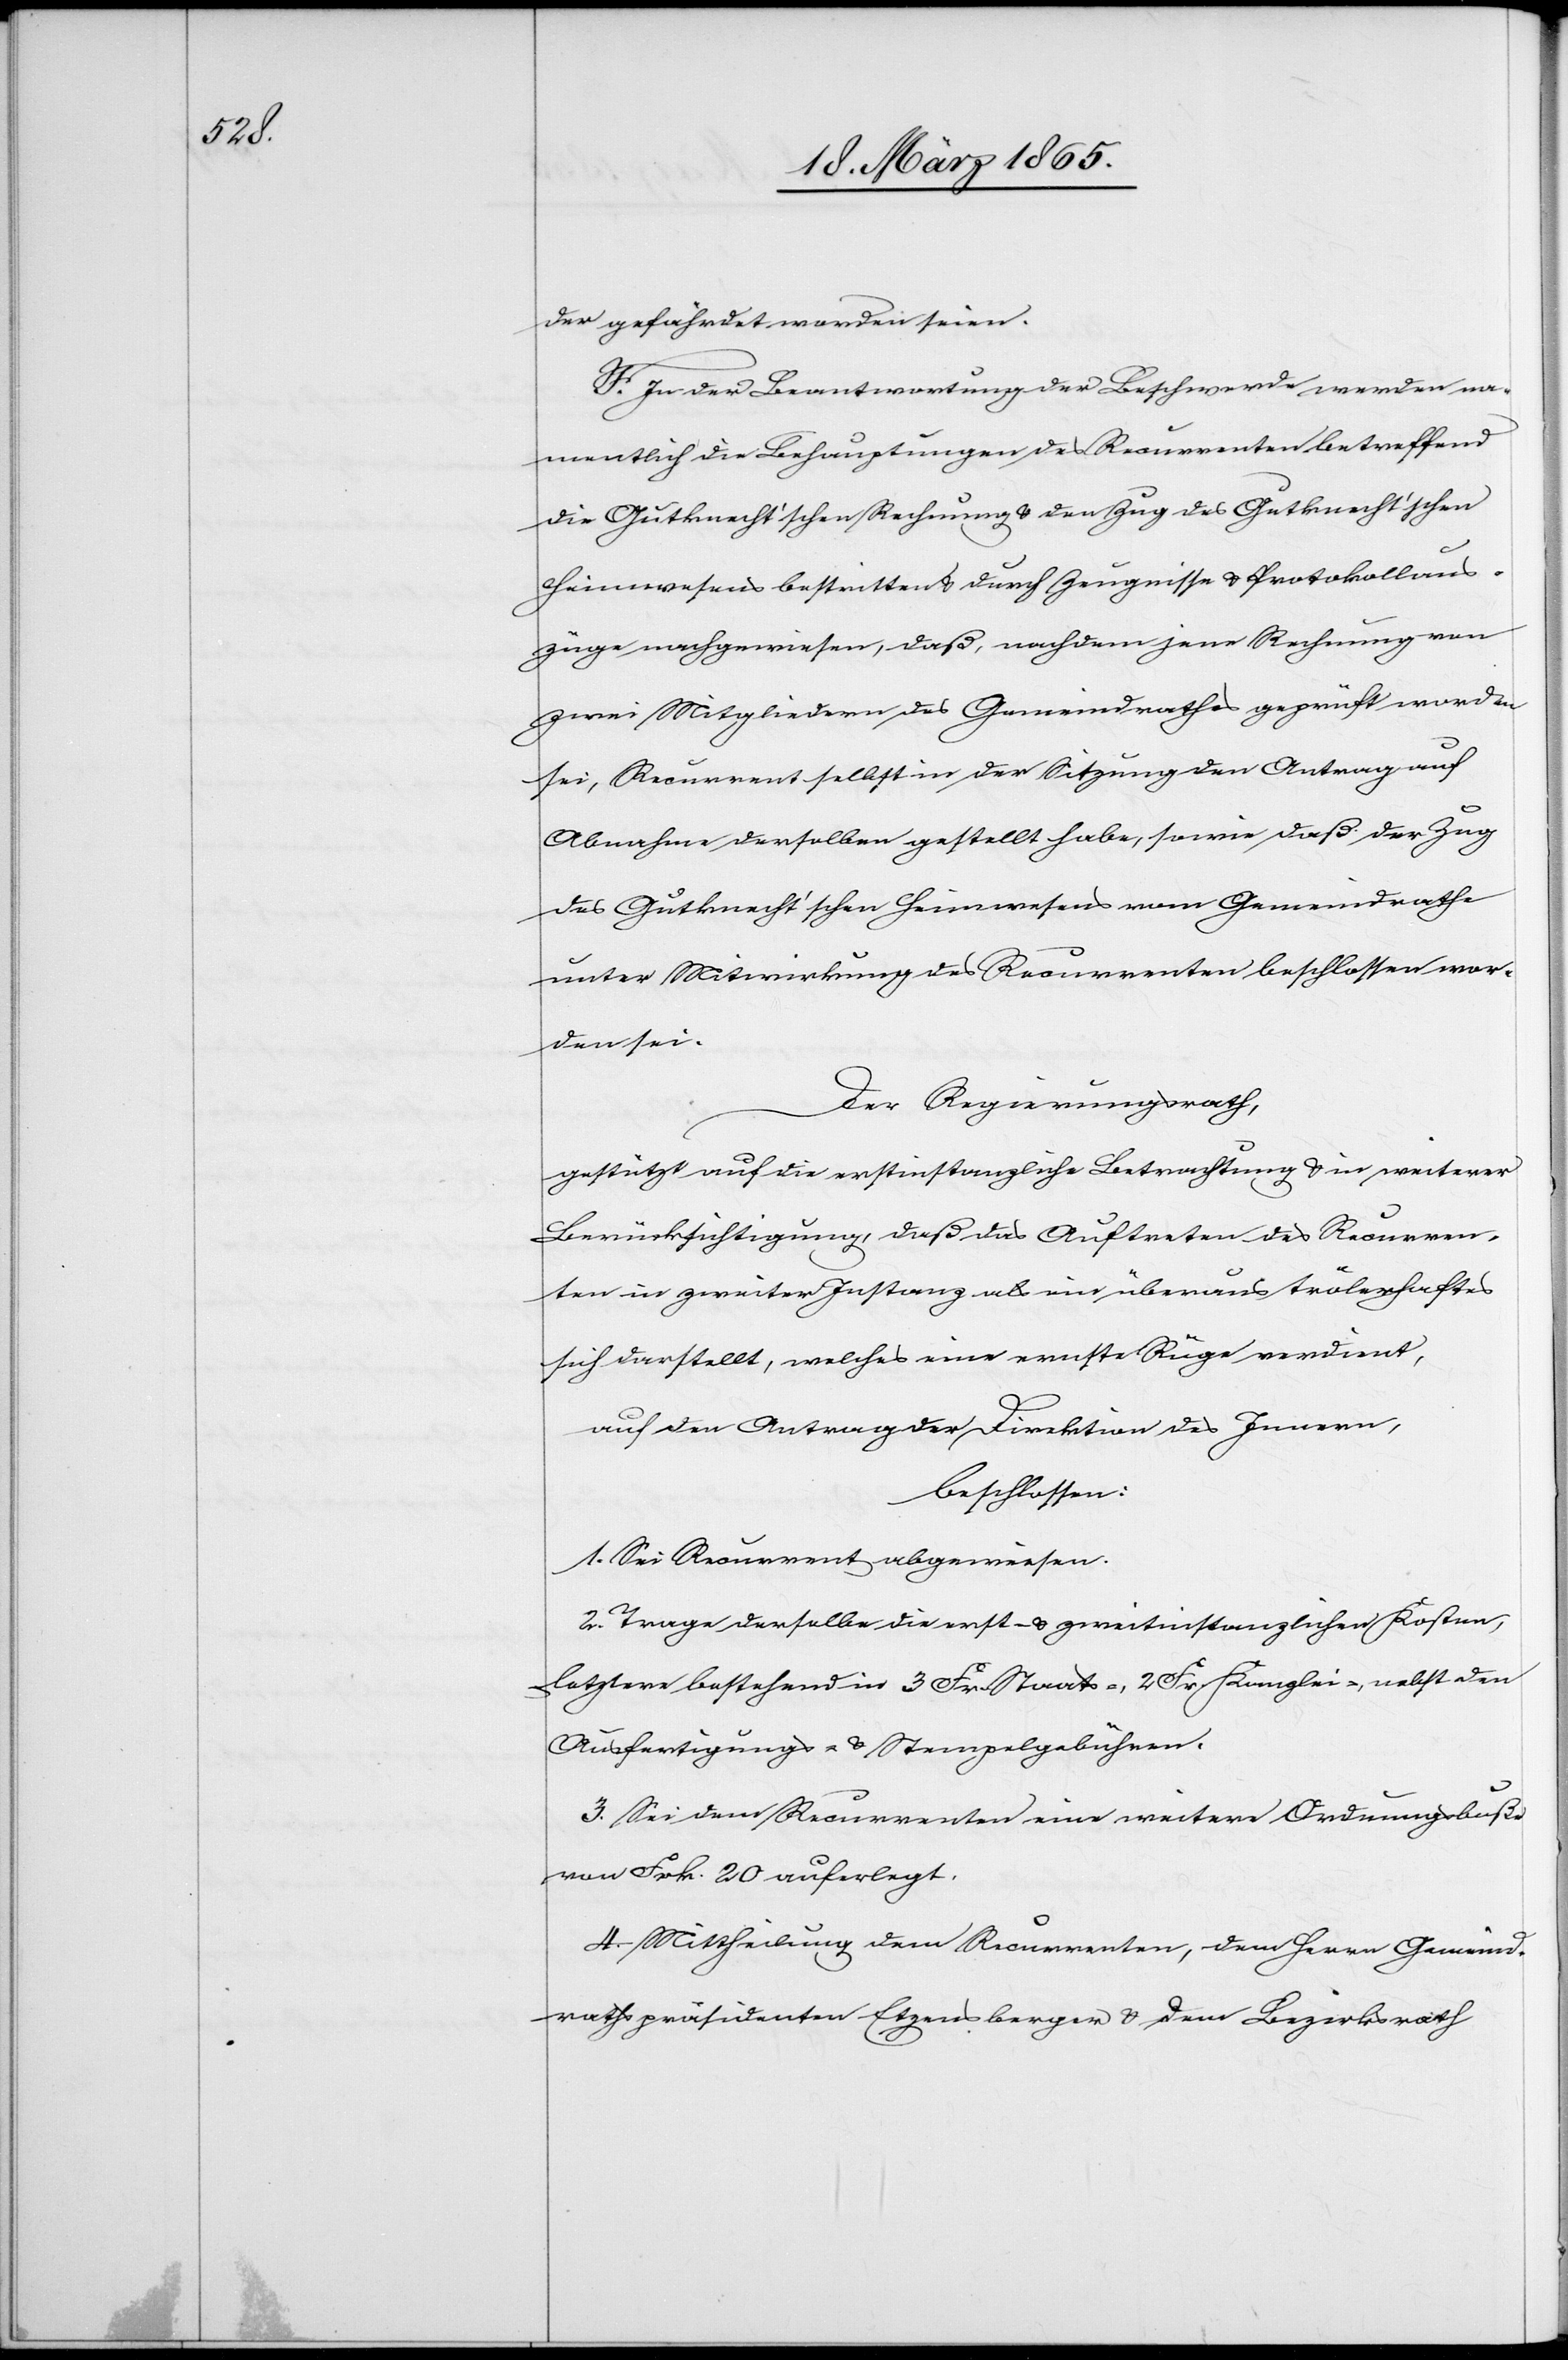
der gefährdet worden seien.
F. In der Beantwortung der Beschwerde werden na¬
mentlich die Behauptungen des Recurrenten betreffend
die Gutknecht’schen Rechnung & den Zug des Gutknecht’schen
Heimwesens bestritten & durch Zeugnisse & Protokollaus¬
züge nachgewiesen, daß, nachdem jene Rechnung von
zwei Mitgliedern des Gemeindrathes geprüft worden
sei, Recurrent selbst in der Sitzung den Antrag auf
Abnahme derselben gestellt habe, sowie daß der Zug
des Gutknecht’schen Heimwesens vom Gemeindrathe
unter Mitwirkung des Recurrenten beschlossen wor¬
den sei.
Der Regierungsrath,
gestützt auf die erstinstanzliche Betrachtung & in weiterer
Berücksichtigung, daß das Auftreten des Recurren¬
ten in zweiter Instanz als ein überaus trölerhaftes
sich darstellt, welches eine ernste Rüge verdient,
auf den Antrag der Direktion des Innern,
beschlossen:
1. Sei Recurrent abgewiesen.
2. Trage derselbe die erst- & zweitinstanzlichen Kosten,
letztere bestehend in 3 Fr. Staats-, 2 Fr. Kanzlei-, nebst den
Ausfertigungs- & Stempelgebühren.
3. Sei dem Recurrenten eine weitere Ordnungsbuße
von Frk. 20 auferlegt.
4. Mittheilung dem Recurrenten, dem Herrn Gemeind¬
rathspräsidenten Etzensberger & dem Bezirksrath